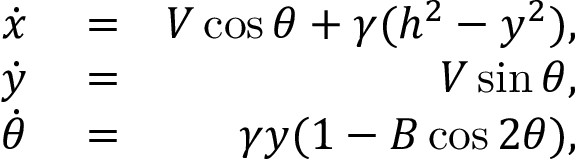
\begin{array} { r l r } { \dot { x } } & { { } = } & { V \cos \theta + \gamma ( h ^ { 2 } - y ^ { 2 } ) , } \\ { \dot { y } } & { { } = } & { V \sin \theta , } \\ { \dot { \theta } } & { { } = } & { \gamma y ( 1 - B \cos 2 \theta ) , } \end{array}